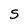
Character: S